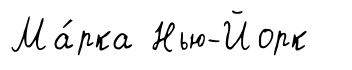
Ма́рка Нью-Йорк